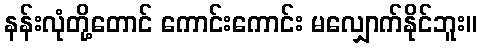
နန်းလုံတို့တောင် ကောင်းကောင်း မလျှောက်နိုင်ဘူး။